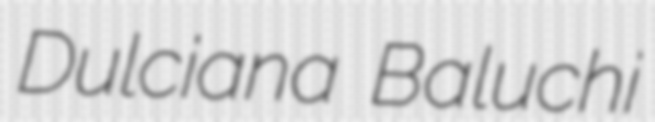
Dulciana Baluchi